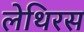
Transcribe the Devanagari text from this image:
लेथिरस